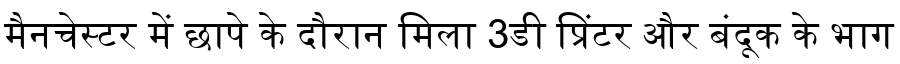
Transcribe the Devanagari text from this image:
मैनचेस्टर में छापे के दौरान मिला 3डी प्रिंटर और बंदूक के भाग